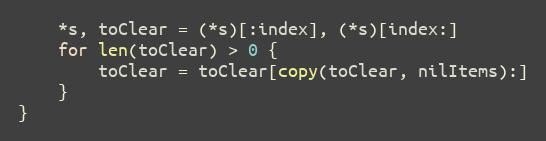
Language: Go
	*s, toClear = (*s)[:index], (*s)[index:]
	for len(toClear) > 0 {
		toClear = toClear[copy(toClear, nilItems):]
	}
}